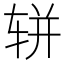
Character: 𫐌